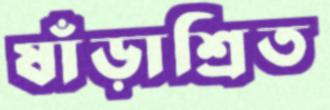
ষাঁড়াশ্রিত